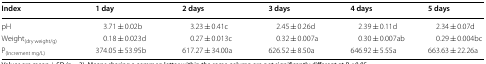
| Index | 1 day | 2 days | 3 days | 4 days | 5 days |
 | --- | --- | --- | --- | --- | --- |
 | pH | 3.71 ± 0.02b | 3.23 ± 0.41c | 2.45 ± 0.26d | 2.39 ± 0.11d | 2.34 ± 0.07d |
 | Weight(dry weight/g) | 0.18 ± 0.023d | 0.27 ± 0.013c | 0.32 ± 0.007a | 0.30 ± 0.007ab | 0.29 ± 0.004bc |
 | P(Increment mg/L) | 374.05 ± 53.95b | 617.27 ± 34.00a | 626.52 ± 8.50a | 646.92 ± 5.55a | 663.63 ± 22.26a |